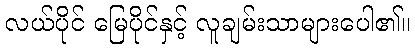
လယ်ပိုင် မြေပိုင်နှင့် လူချမ်းသာများပေါ၏။